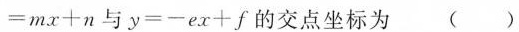
= m x + n$$与$$y = - e x + f$$的交点坐标为（）